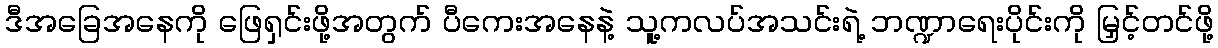
ဒီအခြေအနေကို ဖြေရှင်းဖို့အတွက် ပီကေးအနေနဲ့ သူ့ကလပ်အသင်းရဲ့ ဘဏ္ဍာရေးပိုင်းကို မြှင့်တင်ဖို့